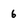
Character: 6